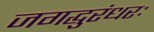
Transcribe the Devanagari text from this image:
जगद्धुरंधरः